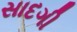
સાદગી